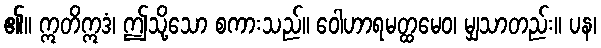
၏။ ဣတိဣဒံ၊ ဤသို့သော စကားသည်။ ဝေါဟာရမတ္ထမေဝ၊ မျှသာတည်း။ ပန၊